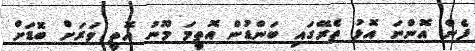
ފެން އޮންނަ އޮޅު ތެރޭގައި ބަންޑުން އޮތީމަ މޫނު އޮތީ ވަރަށް ބޮޑަށް